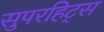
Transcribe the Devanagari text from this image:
सुपरहिट्स